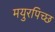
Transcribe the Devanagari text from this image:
मयुरपिच्छ